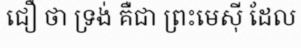
ជឿ ថា ទ្រង់ គឺជា ព្រះមេស៊ី ដែល